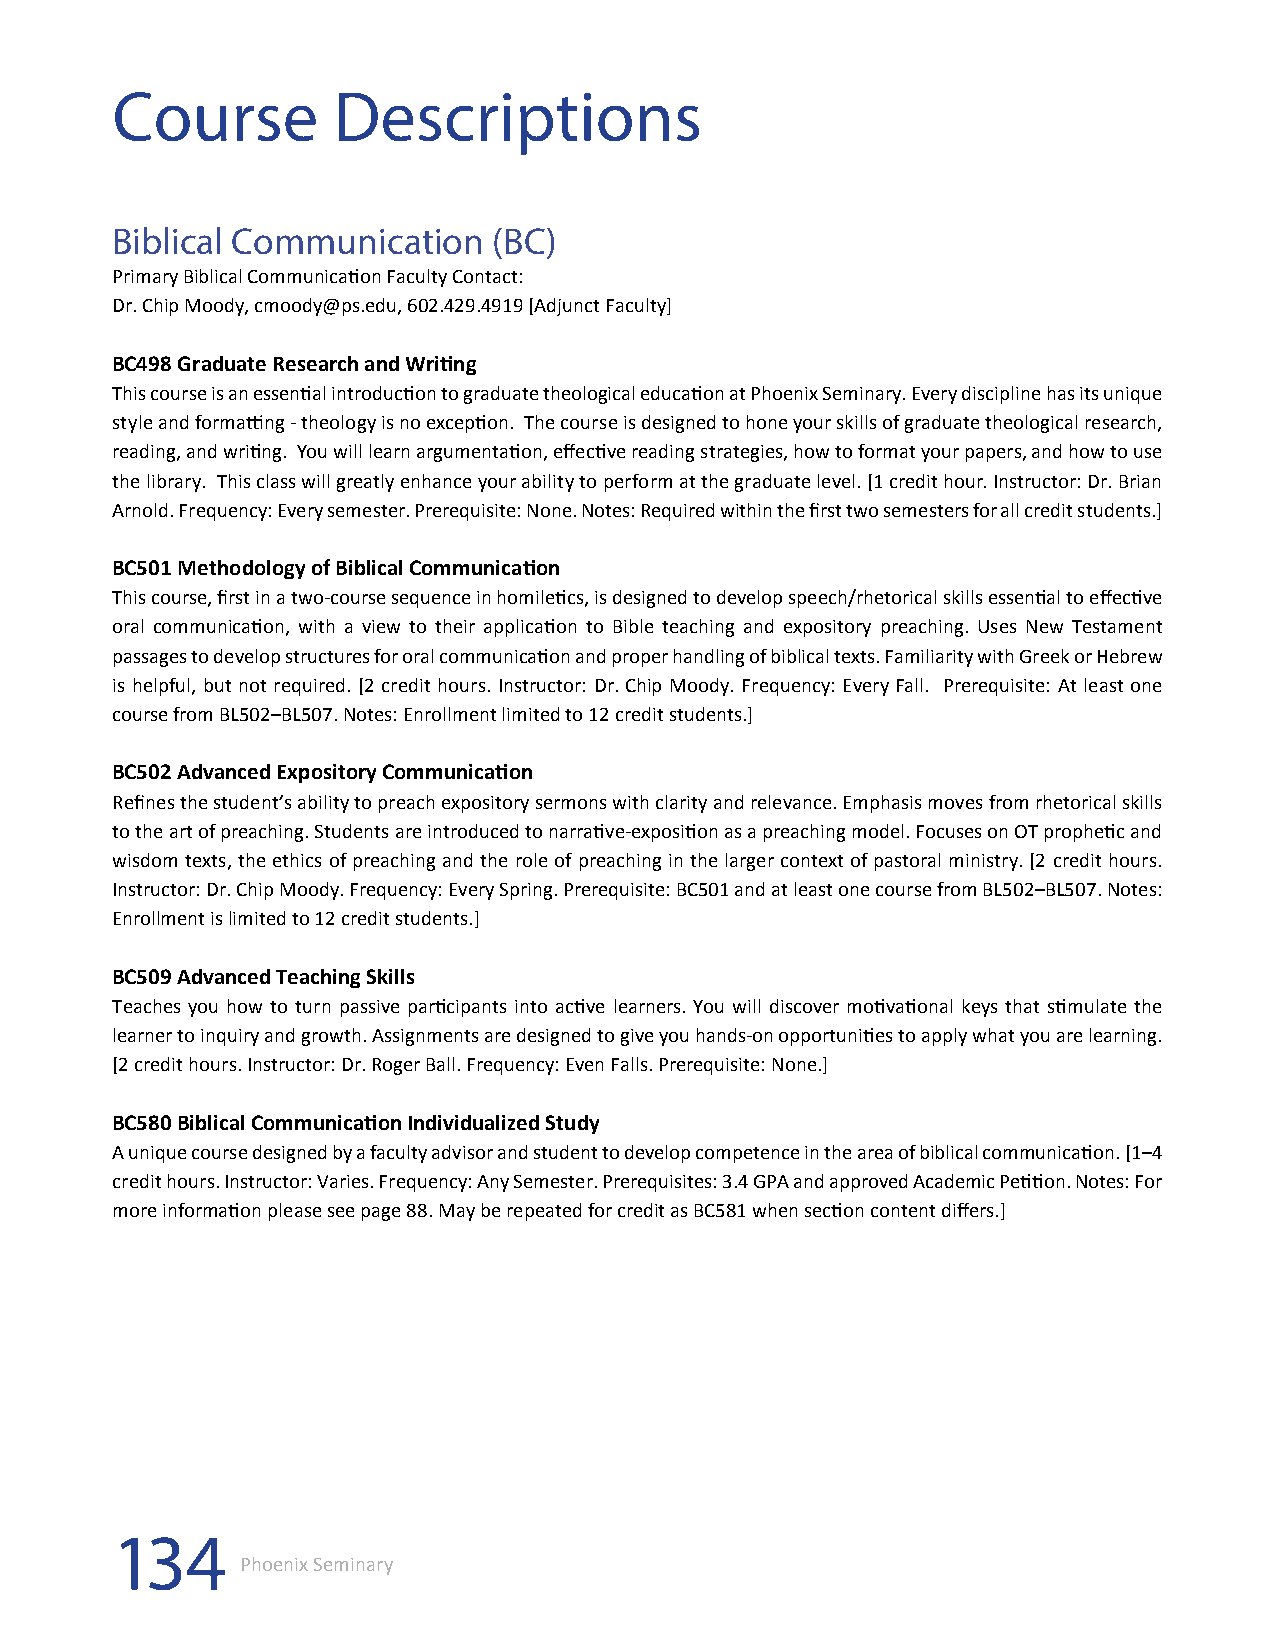
Course         Descriptions
 Biblical Communication    (BC)
 Primary Biblical Communication Faculty Contact:
 Dr. Chip Moody, cmoody@ps.edu, 602.429.4919 [Adjunct Faculty]
 BC498 Graduate Research and Writing
 This course is an essential introduction to graduate theological education at Phoenix Seminary. Every discipline has its unique
 style and formatting - theology is no exception. The course is designed to hone your skills of graduate theological research,
 reading, and writing. You will learn argumentation, effective reading strategies, how to format your papers, and how to use
 the library. This class will greatly enhance your ability to perform at the graduate level. [1 credit hour. Instructor: Dr. Brian
 Arnold. Frequency: Every semester. Prerequisite: None. Notes: Required within the first two semesters for all credit students.]
 BC501 Methodology of Biblical Communication
 This course, first in a two-course sequence in homiletics, is designed to develop speech/rhetorical skills essential to effective
 oral communication, with a view to their application to Bible teaching and expository preaching. Uses New Testament
 passages to develop structures for oral communication and proper handling of biblical texts. Familiarity with Greek or Hebrew
 is helpful, but not required. [2 credit hours. Instructor: Dr. Chip Moody. Frequency: Every Fall. Prerequisite: At least one
 course from BL502–BL507. Notes: Enrollment limited to 12 credit students.]
 BC502 Advanced Expository Communication
 Refines the student’s ability to preach expository sermons with clarity and relevance. Emphasis moves from rhetorical skills
 to the art of preaching. Students are introduced to narrative-exposition as a preaching model. Focuses on OT prophetic and
 wisdom texts, the ethics of preaching and the role of preaching in the larger context of pastoral ministry. [2 credit hours.
 Instructor: Dr. Chip Moody. Frequency: Every Spring. Prerequisite: BC501 and at least one course from BL502–BL507. Notes:
 Enrollment is limited to 12 credit students.]
 BC509 Advanced Teaching Skills
 Teaches you how to turn passive participants into active learners. You will discover motivational keys that stimulate the
 learner to inquiry and growth. Assignments are designed to give you hands-on opportunities to apply what you are learning.
 [2 credit hours. Instructor: Dr. Roger Ball. Frequency: Even Falls. Prerequisite: None.]
 BC580 Biblical Communication Individualized Study
 A unique course designed by a faculty advisor and student to develop competence in the area of biblical communication. [1–4
 credit hours. Instructor: Varies. Frequency: Any Semester. Prerequisites: 3.4 GPA and approved Academic Petition. Notes: For
 more information please see page 88. May be repeated for credit as BC581 when section content differs.]
 134
 Phoenix Seminary